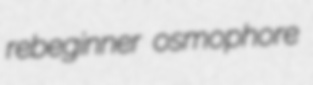
rebeginner osmophore